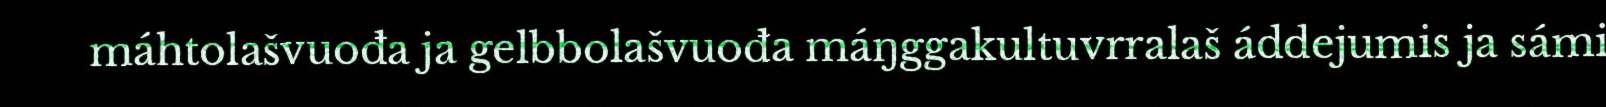
máhtolašvuođa ja gelbbolašvuođa máŋggakultuvrralaš áddejumis ja sámi